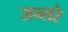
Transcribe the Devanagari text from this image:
जन्तरे